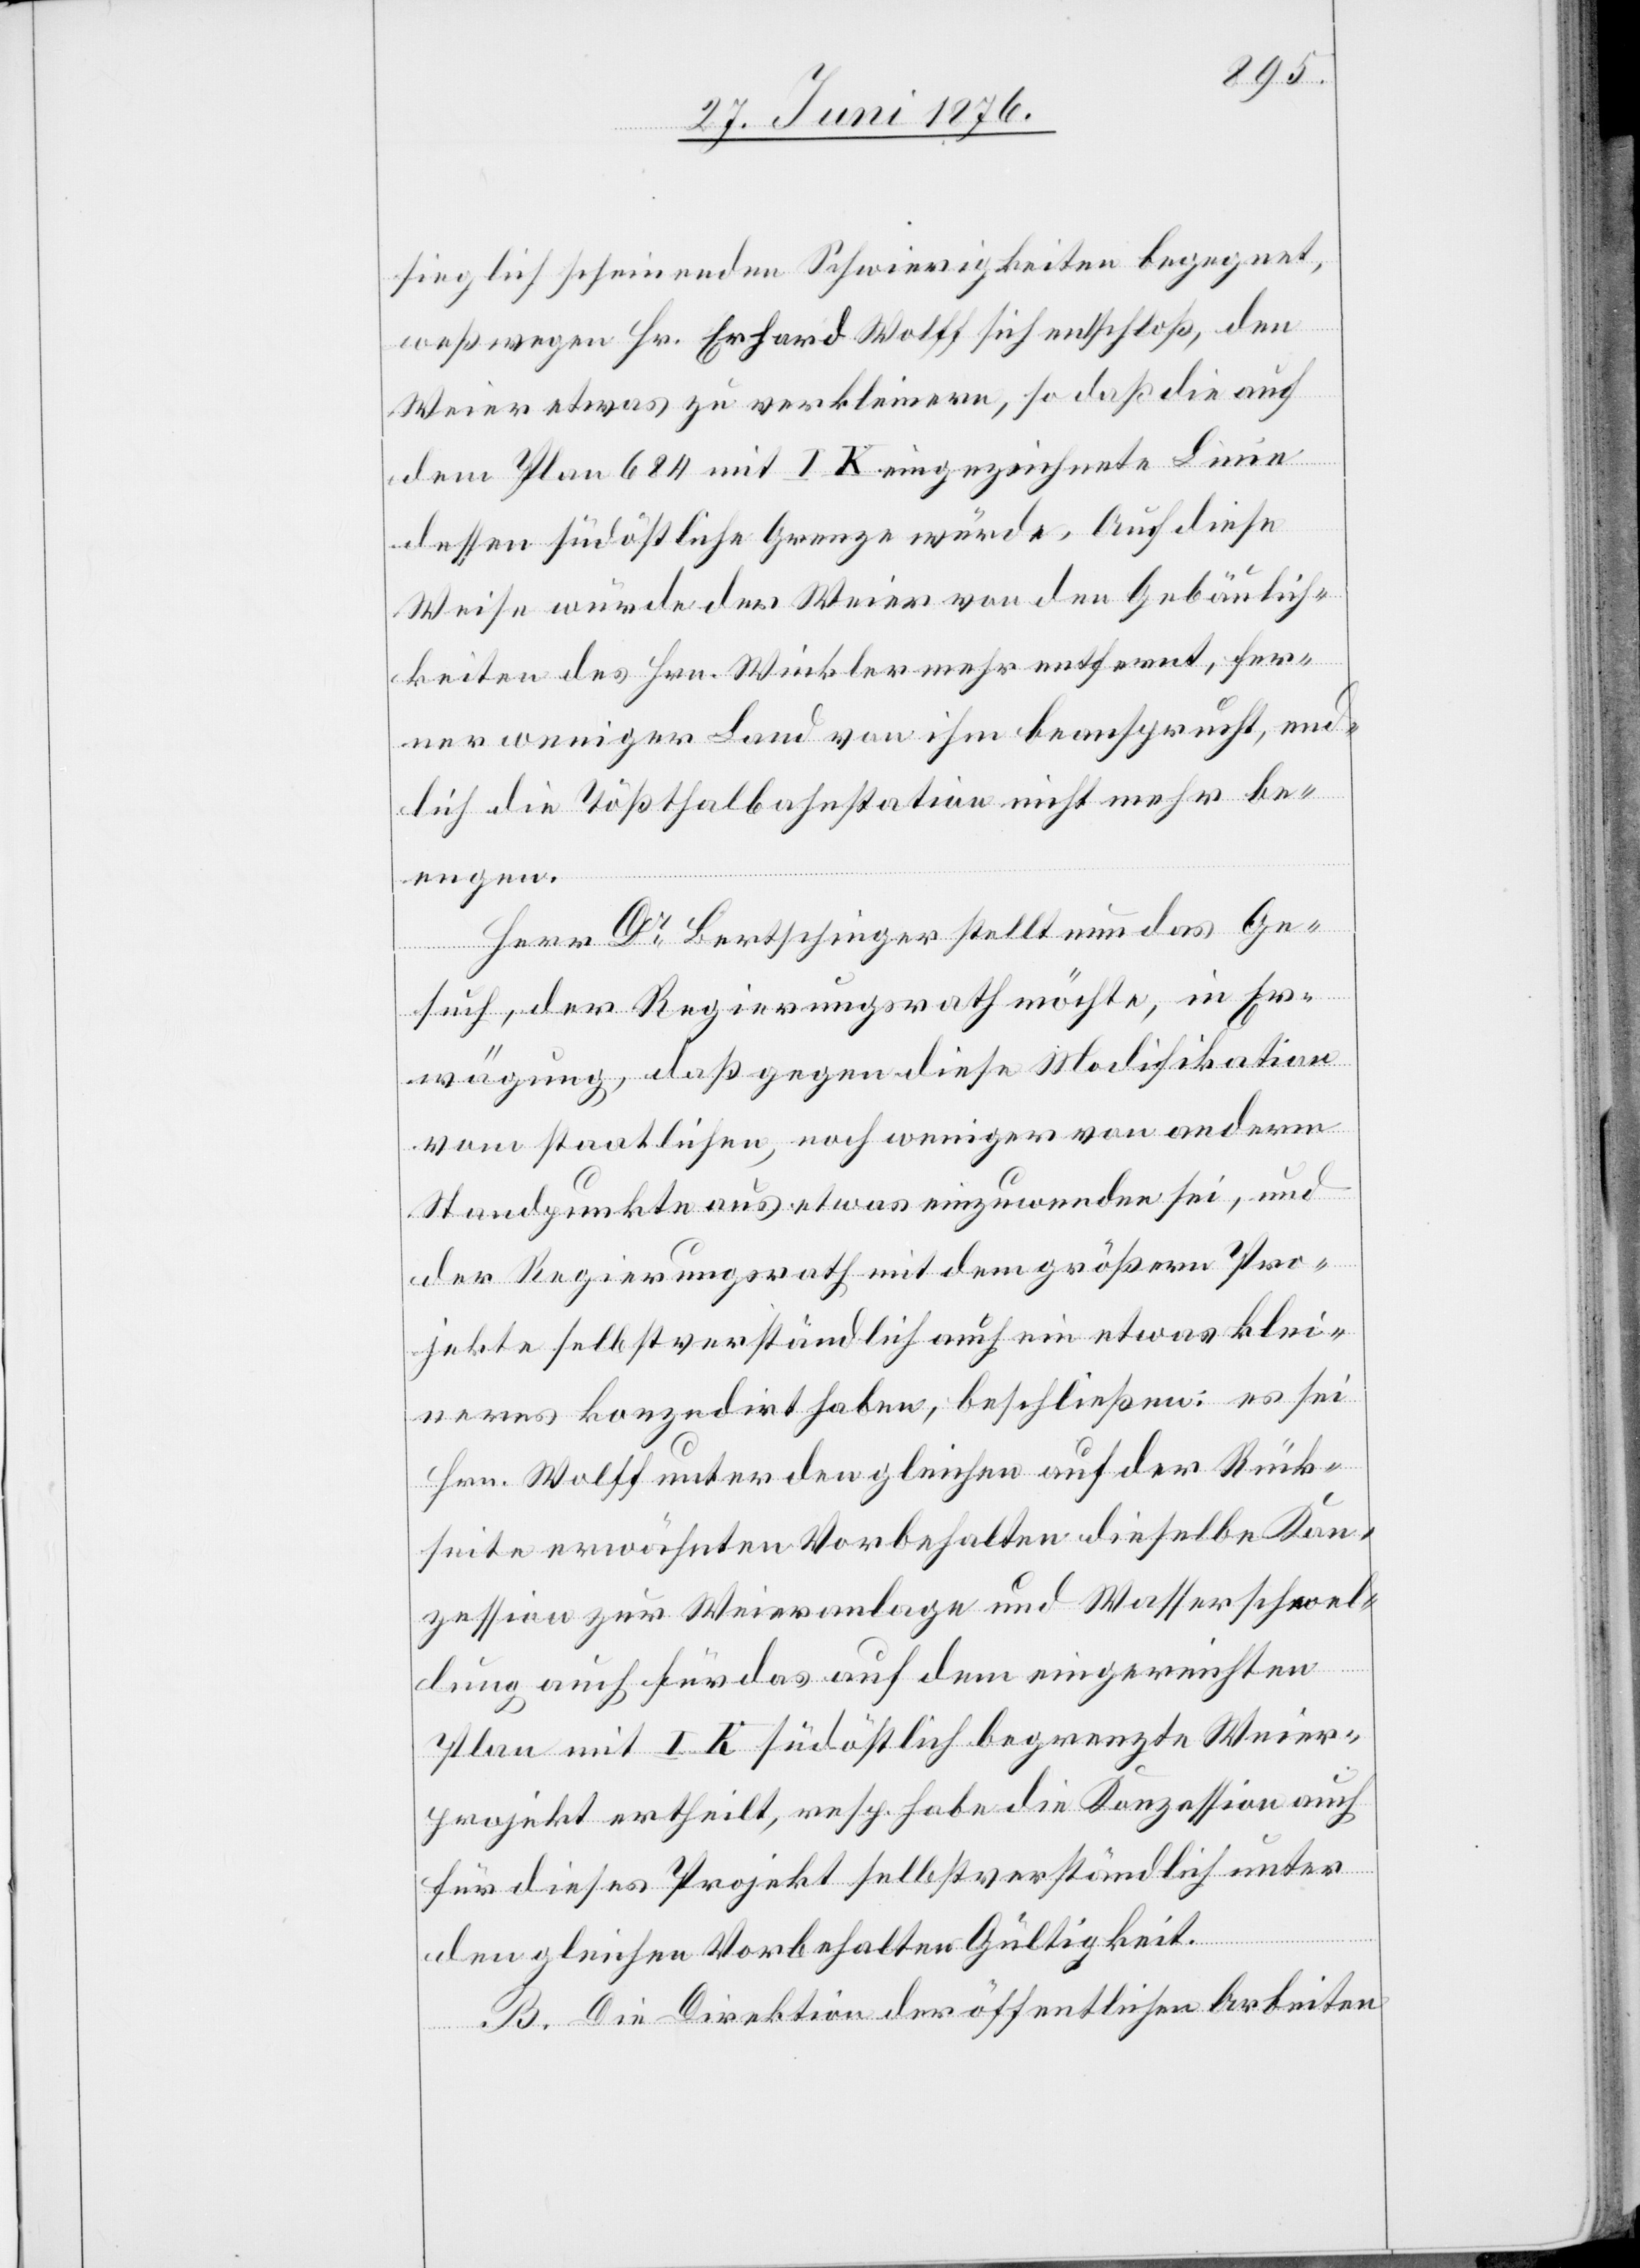
sieglich scheinenden Schwierigkeiten begegnet,
weßwegen Hr. Erhard Wolff sich entschloß, den
Weier etwas zu verkleinern, so daß die auf
dem Plan 684 mit I K eingezeichnete Linie
dessen südöstliche Grenze würde. Auf diese
Weise würde der Weier von den Gebäulich¬
keiten des Hrn. Winkler mehr entfernt, fer¬
ner weniger Land von ihm beansprucht, end¬
lich die Tößthalbahnstation nicht mehr be¬
engen.
Herr Dr Bertschinger stellt nun das Ge¬
such, der Regierungsrath möchte, in Er¬
wägung, daß gegen diese Modifikation
vom staatlichen, noch weniger von anderm
Standpunkte aus etwas einzuwenden sei, und
der Regierungsrath mit dem größern Pro¬
jekte selbstverständlich auch ein etwas klei¬
neres konzedirt haben, beschließen: es sei
Hrn. Wolff unter den gleichen auf der Rück¬
seite erwähnten Vorbehalten dieselbe Kon¬
zession zur Weieranlage und Wasserschwel¬
lung auch für das auf dem eingereichten
Plan mit I K südöstlich begrenzte Weier¬
projekt ertheilt, resp. habe die Konzession auch
für dieses Projekt selbstverständlich unter
den gleichen Vorbehalten Gültigkeit.
B. Die Direktion der öffentlichen Arbeiten